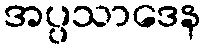
အပ္ပသာဒေန